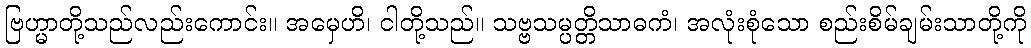
ဗြဟ္မာတို့သည်လည်းကောင်း။ အမှေဟိ၊ ငါတို့သည်။ သဗ္ဗသမ္ပတ္တိသာဓကံ၊ အလုံးစုံသော စည်းစိမ်ချမ်းသာတို့ကို